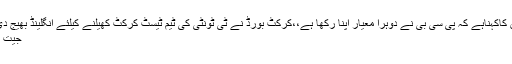
ایک انٹر ویو کے دوران ان کاکہناہے کہ پی سی بی نے دوہرا معیار اپنا رکھا ہے،،کرکٹ بورڈ نے ٹی ٹونٹی کی ٹیم ٹیسٹ کرکٹ کھیلنے کیلئے انگلینڈ بھیج دی گئی ہے اور اب اس سے
جیت کی توقع رکھی جارہی ہے۔